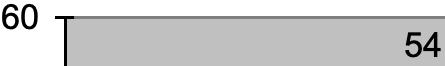
60 54